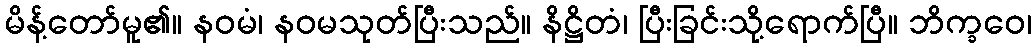
မိန့်တော်မူ၏။ နဝမံ၊ နဝမသုတ်ပြီးသည်။ နိဋ္ဌိတံ၊ ပြီးခြင်းသို့ရောက်ပြီ။ ဘိက္ခဝေ၊